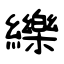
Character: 纅